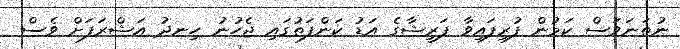
ނުތަނަވަސް ކަމުން ފުރިފައިވާ ފަރީޝާގެ އަޑު ކަންފަތުގައި ޖެހުނު ހިނދު އަޝްރަފަށް ވެސް